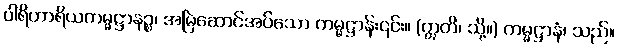
ပါရိဟာရိယကမ္မဋ္ဌာနဉ္စ၊ အမြဲဆောင်အပ်သော ကမ္မဋ္ဌာန်း၎င်း။ (ဣတိ၊ သို့။) ကမ္မဋ္ဌာနံ၊ သည်။